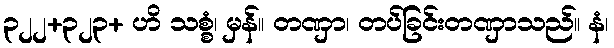
၃၂၂+၃၂၃+ ဟိ သစ္စံ၊ မှန်။ တဏှာ၊ တပ်ခြင်းတဏှာသည်။ နံ၊